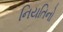
નિયતિનો